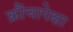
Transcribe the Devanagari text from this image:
क्रौंचापेक्षा